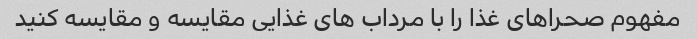
مفهوم صحراهای غذا را با مرداب های غذایی مقایسه و مقایسه کنید